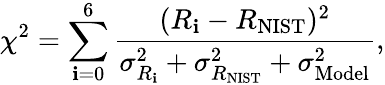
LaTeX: \chi^{2}=\sum_{\mathbf{i}=0}^{6}\frac{{(R_{\mathbf{i}}-R_{\mathrm{{{NIST}}}})^{2}}}{{\sigma_{R_{\mathbf{i}}}^{2}+\sigma_{{R_{\mathrm{{{NIST}}}}}}^{2}+\sigma_{\mathrm{{{Model}}}}^{2}}},